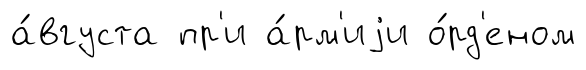
а́вгуста пр'и а́рм'иjи о́рд'еном